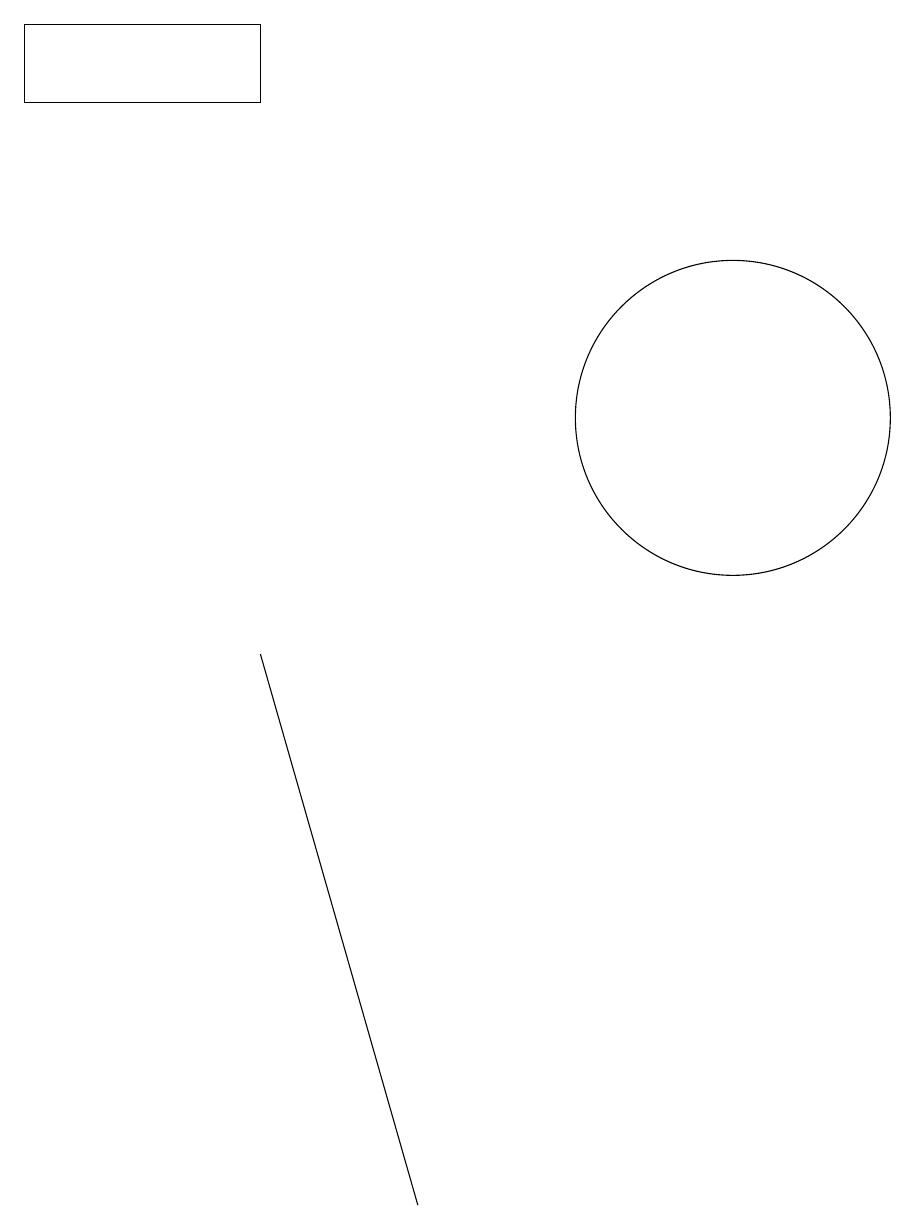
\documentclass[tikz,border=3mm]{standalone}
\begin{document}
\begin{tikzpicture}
\draw (4,16) rectangle (1,17);
\draw (6,2) -- (4,9) -- (4,9) -- cycle;
\draw (10,12) circle (2);
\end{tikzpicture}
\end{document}